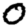
Digit: 0